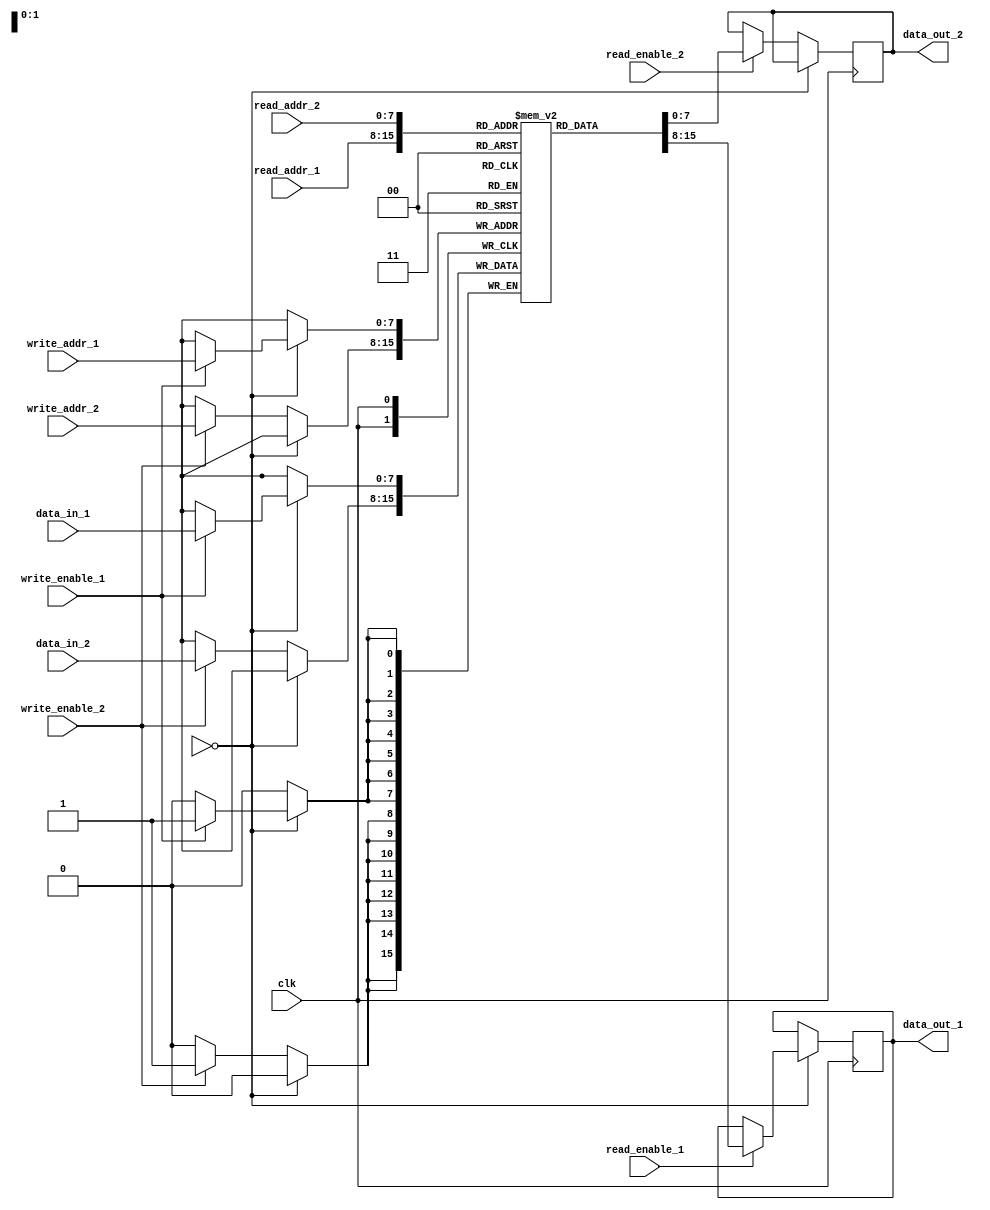
module dual_port_RAM (
    input wire clk,
    input wire [7:0] read_addr_1,
    input wire [7:0] write_addr_1,
    input wire read_enable_1,
    input wire write_enable_1,
    input wire [7:0] data_in_1,
    output reg [7:0] data_out_1,
    input wire [7:0] read_addr_2,
    input wire [7:0] write_addr_2,
    input wire read_enable_2,
    input wire write_enable_2,
    input wire [7:0] data_in_2,
    output reg [7:0] data_out_2
);

reg [7:0] memory [0:255]; // Implementing memory as a 256x8 dual-port RAM

reg [1:0] arbiter;

always @ (posedge clk) begin
    // Arbiter logic
    if (arbiter == 0) begin
        // Port 1 priority
        if (read_enable_1) begin
            data_out_1 <= memory[read_addr_1];
        end
        if (write_enable_1) begin
            memory[write_addr_1] <= data_in_1;
        end
    end else begin
        // Port 2 priority
        if (read_enable_2) begin
            data_out_2 <= memory[read_addr_2];
        end
        if (write_enable_2) begin
            memory[write_addr_2] <= data_in_2;
        end
    end
end

endmodule